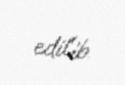
edilib.